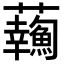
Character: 𧅹